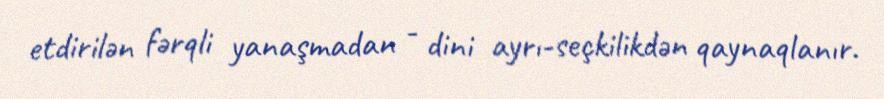
etdirilən fərqli yanaşmadan - dini ayrı-seçkilikdən qaynaqlanır.